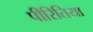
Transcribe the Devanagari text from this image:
पीरितिया